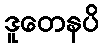
ဒူတေနပိ